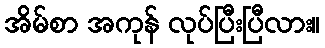
အိမ်စာ အကုန် လုပ်ပြီးပြီလား။